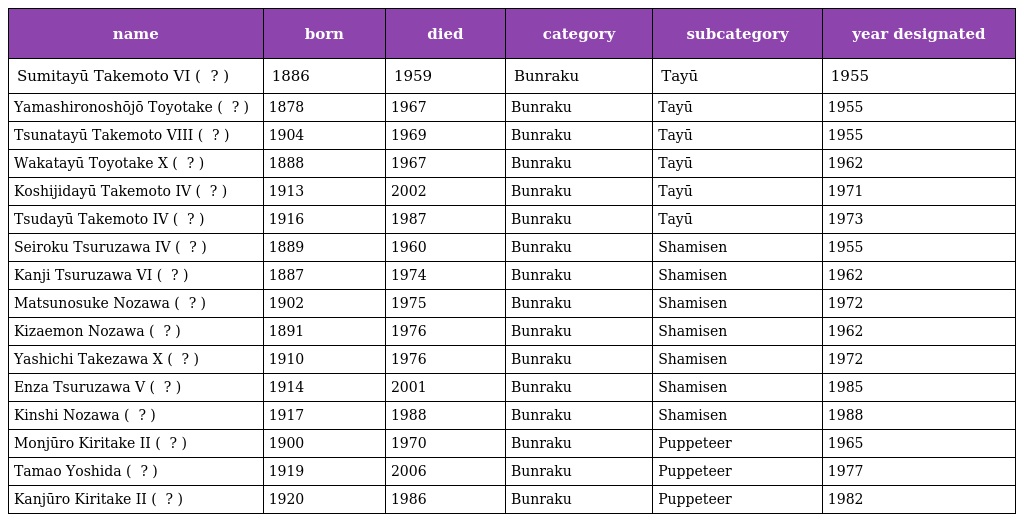
| name | born | died | category | subcategory | year designated |
 | --- | --- | --- | --- | --- | --- |
 | Sumitayū Takemoto VI ( 六世竹本住大夫 ? ) | 1886 | 1959 | Bunraku | Tayū | 1955 |
 | Yamashironoshōjō Toyotake ( 豊竹山城少掾 ? ) | 1878 | 1967 | Bunraku | Tayū | 1955 |
 | Tsunatayū Takemoto VIII ( 八世竹本綱大夫 ? ) | 1904 | 1969 | Bunraku | Tayū | 1955 |
 | Wakatayū Toyotake X ( 十世豊竹若大夫 ? ) | 1888 | 1967 | Bunraku | Tayū | 1962 |
 | Koshijidayū Takemoto IV ( 四世竹本越路大夫 ? ) | 1913 | 2002 | Bunraku | Tayū | 1971 |
 | Tsudayū Takemoto IV ( 四世竹本津大夫 ? ) | 1916 | 1987 | Bunraku | Tayū | 1973 |
 | Seiroku Tsuruzawa IV ( 四世鶴沢清六 ? ) | 1889 | 1960 | Bunraku | Shamisen | 1955 |
 | Kanji Tsuruzawa VI ( 六世鶴沢寛治 ? ) | 1887 | 1974 | Bunraku | Shamisen | 1962 |
 | Matsunosuke Nozawa ( 野沢松之輔 ? ) | 1902 | 1975 | Bunraku | Shamisen | 1972 |
 | Kizaemon Nozawa ( 二世野沢喜左衛門 ? ) | 1891 | 1976 | Bunraku | Shamisen | 1962 |
 | Yashichi Takezawa X ( 十世竹沢弥七 ? ) | 1910 | 1976 | Bunraku | Shamisen | 1972 |
 | Enza Tsuruzawa V ( 五世鶴沢燕三 ? ) | 1914 | 2001 | Bunraku | Shamisen | 1985 |
 | Kinshi Nozawa ( 四世野沢錦糸 ? ) | 1917 | 1988 | Bunraku | Shamisen | 1988 |
 | Monjūro Kiritake II ( 二世桐竹紋十郎 ? ) | 1900 | 1970 | Bunraku | Puppeteer | 1965 |
 | Tamao Yoshida ( 吉田玉男 ? ) | 1919 | 2006 | Bunraku | Puppeteer | 1977 |
 | Kanjūro Kiritake II ( 二世桐竹勘十郎 ? ) | 1920 | 1986 | Bunraku | Puppeteer | 1982 |